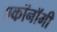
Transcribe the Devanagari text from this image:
एकॉनॉमी